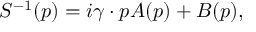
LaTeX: S ^ { - 1 } ( p ) = i \gamma \cdot p A ( p ) + B ( p ) ,